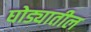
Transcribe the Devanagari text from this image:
घोड्यातील